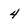
Character: 4